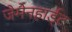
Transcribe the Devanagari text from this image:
जेमेनहार्ड्ट